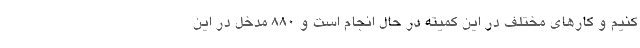
کنیم و کارهای مختلف در این کمیته در حال انجام است و ۸۸۰ مدخل در این